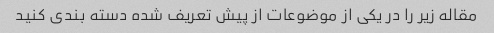
مقاله زیر را در یکی از موضوعات از پیش تعریف شده دسته بندی کنید